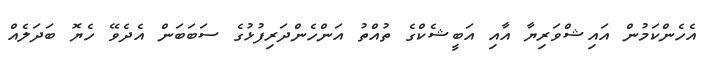
އެހެންކަމުން އައިޝްވަރިޔާ އާއި އަބީޝެކްގެ ތުއްތު އަންހެންދަރިފުޅުގެ ސަބަބަން އެދެވޭ ހެޔޮ ބަދަލެއް